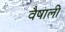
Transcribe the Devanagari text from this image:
वैषाली